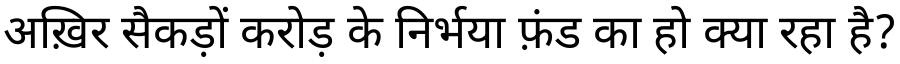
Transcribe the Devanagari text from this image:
अख़िर सैकड़ों करोड़ के निर्भया फ़ंड का हो क्या रहा है?